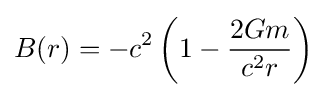
B(r)=-c^{2}\left(1-{\frac {2Gm}{c^{2}r}}\right)